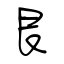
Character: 艮